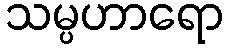
သမ္ပဟာရော